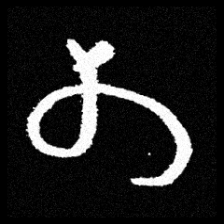
Pyu character \u2014 Myanmar letter: တ (romanized: ta)